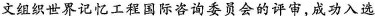
文组织世界记忆工程国际咨询委员会的评审，成功入选